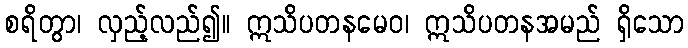
စရိတွာ၊ လှည့်လည်၍။ ဣသိပတနမေဝ၊ ဣသိပတနအမည် ရှိသော